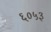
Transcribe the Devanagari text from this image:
६०५३